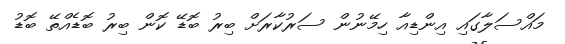
މައްސަލާގައި އިންޑިއާ ހިމޭނުން ސަރުކާރަށް ބިރު ބޮޑޭ ކޮން ބިރު ބޮޑެއްތޭ ބޮޑު